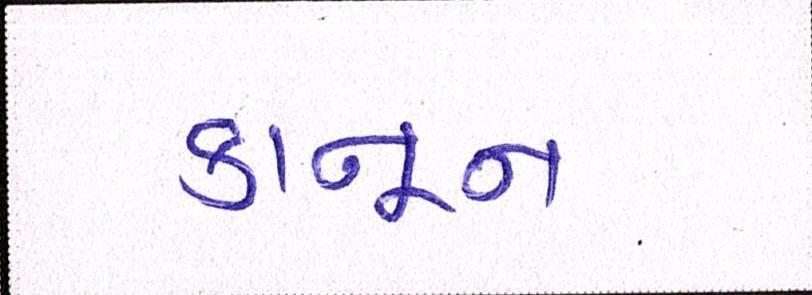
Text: કાનૂન